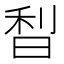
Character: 𣇘